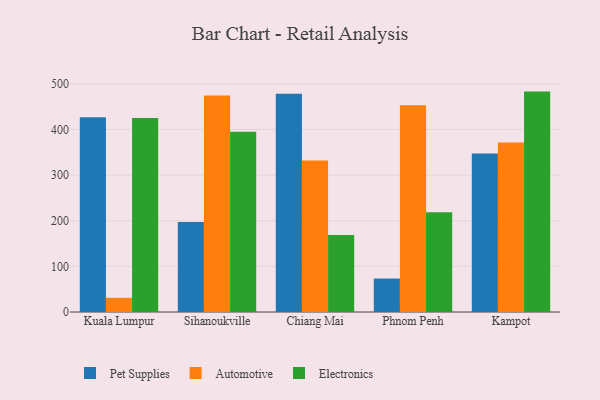
{"axis": {"x": "City", "y": "Inventory Turnover"}, "legend": ["Automotive", "Electronics", "Pet Supplies"], "data": [{"x": "Kuala Lumpur", "y": 426.9, "type": "Pet Supplies"}, {"x": "Kuala Lumpur", "y": 31.1, "type": "Automotive"}, {"x": "Kuala Lumpur", "y": 425.0, "type": "Electronics"}, {"x": "Sihanoukville", "y": 197.3, "type": "Pet Supplies"}, {"x": "Sihanoukville", "y": 474.3, "type": "Automotive"}, {"x": "Sihanoukville", "y": 395.1, "type": "Electronics"}, {"x": "Chiang Mai", "y": 478.5, "type": "Pet Supplies"}, {"x": "Chiang Mai", "y": 331.8, "type": "Automotive"}, {"x": "Chiang Mai", "y": 168.9, "type": "Electronics"}, {"x": "Phnom Penh", "y": 73.3, "type": "Pet Supplies"}, {"x": "Phnom Penh", "y": 452.9, "type": "Automotive"}, {"x": "Phnom Penh", "y": 218.6, "type": "Electronics"}, {"x": "Kampot", "y": 347.4, "type": "Pet Supplies"}, {"x": "Kampot", "y": 371.6, "type": "Automotive"}, {"x": "Kampot", "y": 483.0, "type": "Electronics"}]}